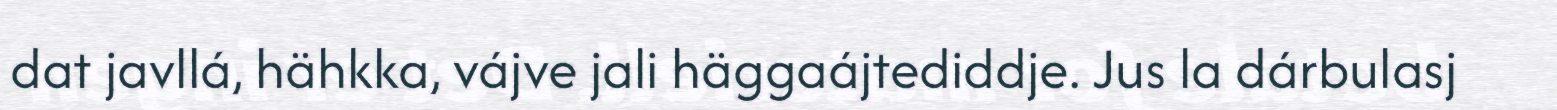
dat javllá, hähkka, vájve jali häggaájtediddje. Jus la dárbulasj